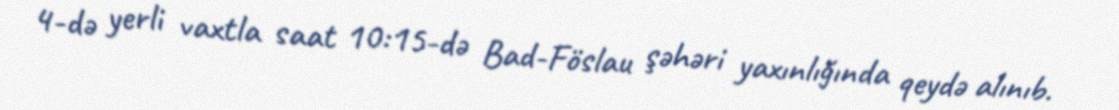
4-də yerli vaxtla saat 10:15-də Bad-Föslau şəhəri yaxınlığında qeydə alınıb.